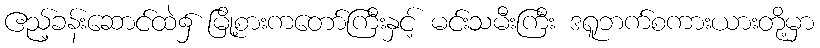
ဧည့်ခန်းဆောင်ထဲ၌ မြို့စားကတော်ကြီးနှင့် မင်းသမီးကြီး ဒရူဘက်စကားယားတို့မှာ